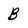
Character: B